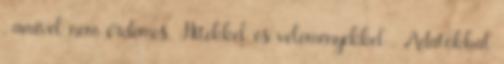
, amivel nem érdemes. Hitekkel és véleményekkel . Adatokkal